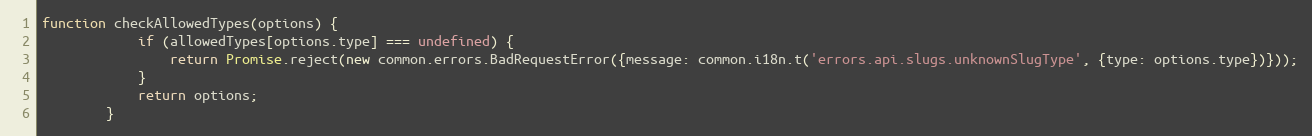
Language: JavaScript
function checkAllowedTypes(options) {
            if (allowedTypes[options.type] === undefined) {
                return Promise.reject(new common.errors.BadRequestError({message: common.i18n.t('errors.api.slugs.unknownSlugType', {type: options.type})}));
            }
            return options;
        }